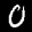
Label: 0